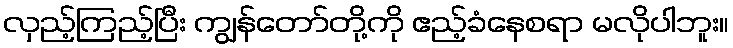
လှည့်ကြည့်ပြီး ကျွန်တော်တို့ကို ဧည့်ခံနေစရာ မလိုပါဘူး။